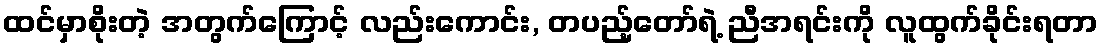
ထင်မှာစိုးတဲ့ အတွက်ကြောင့် လည်းကောင်း, တပည့်တော်ရဲ့ ညီအရင်းကို လူထွက်ခိုင်းရတာ